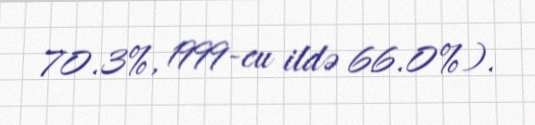
70.3%, 1999-cu ildə 66.0%).